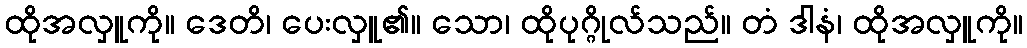
ထိုအလှူကို။ ဒေတိ၊ ပေးလှူ၏။ သော၊ ထိုပုဂ္ဂိုလ်သည်။ တံ ဒါနံ၊ ထိုအလှူကို။